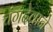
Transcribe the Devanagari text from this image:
चंगदेवाने